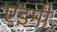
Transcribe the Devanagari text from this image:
एइमी